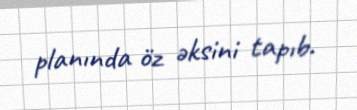
planında öz əksini tapıb.